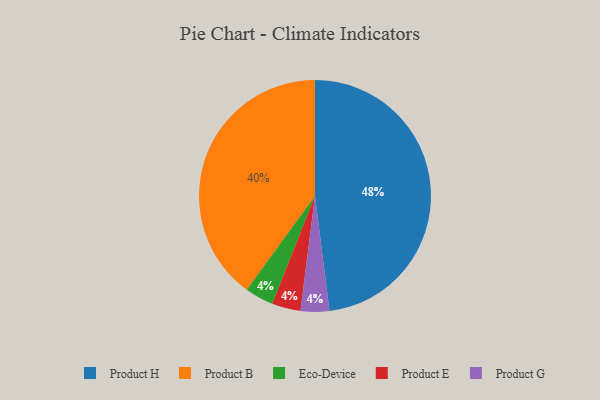
{"axis": {"x": "Category", "y": "Percentage"}, "legend": ["Eco-Device", "Product B", "Product E", "Product G", "Product H"], "data": [{"x": "Eco-Device", "y": 4, "type": "Eco-Device"}, {"x": "Product E", "y": 4, "type": "Product E"}, {"x": "Product B", "y": 40, "type": "Product B"}, {"x": "Product G", "y": 4, "type": "Product G"}, {"x": "Product H", "y": 48, "type": "Product H"}]}